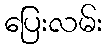
ပြေးလမ်း